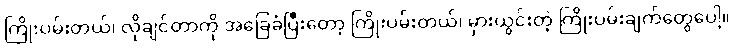
ကြိုးပမ်းတယ်၊ လိုချင်တာကို အခြေခံပြီးတော့ ကြိုးပမ်းတယ်၊ မှားယွင်းတဲ့ ကြိုးပမ်းချက်တွေပေါ့။